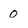
Character: 0